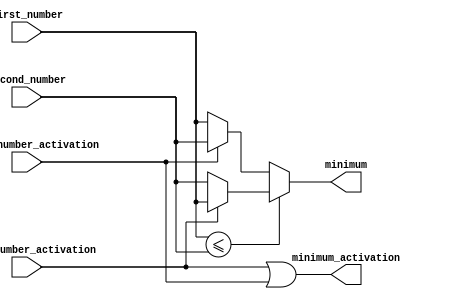
`timescale 1ns / 1ps

module Minimum_C1_with_active_signal_only// we use this module in both c1 and c2 as the biases are already separated with MaximumC1 and MaximumC2 modules
#( parameter NUMBER_SIZE=4 )
(
input wire signed [NUMBER_SIZE-1:0]first_number,
input wire first_number_activation,//tells the module if it should consider this number to compare with the other one



input wire signed [NUMBER_SIZE-1:0]second_number,
input wire second_number_activation,


output wire signed [NUMBER_SIZE-1:0] minimum,
output wire	minimum_activation  //tells the socond layr if this maximum valid or not
);
assign minimum =((first_number<=second_number)?
                    ((first_number_activation==1)?(first_number):(second_number)):
                    ((second_number_activation==1)?(second_number):(first_number)));
                    
assign minimum_activation = (first_number_activation)|(second_number_activation);
                   
endmodule